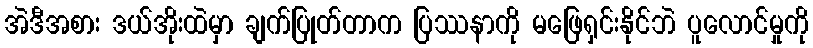
အဲဒီအစား ဒယ်အိုးထဲမှာ ချက်ပြုတ်တာက ပြဿနာကို မဖြေရှင်းနိုင်ဘဲ ပူလောင်မှုကို